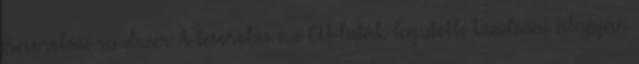
Besorolási rendszer: A besorolás az EU-listák legutóbbi kiadásai alapján